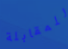
للمقابلة